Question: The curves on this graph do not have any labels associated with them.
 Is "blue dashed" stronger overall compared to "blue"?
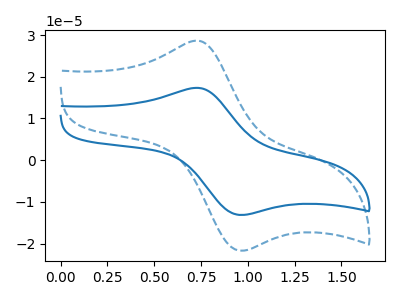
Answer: <think>The blue curve "blue" has an anodic peak at (0.75V, 17.35uA) and a cathodic peak at (0.95V, -13.15uA). The blue dashed curve "blue dashed" has an anodic peak at (0.75V, 28.65uA) and a cathodic peak at (0.95V, -21.70uA).
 All the peaks in "blue dashed" have a peak in "blue" at the same potential. Every peak in "blue dashed" is higher than every peak in "blue".</think>
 <answer>"blue dashed" has more signal than "blue".</answer>
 <eval>more_signal</eval>